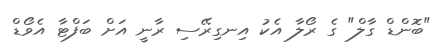
"ބޮންޑް ގާލް" ގެ ރޯލާ އެކު އިނގިރޭސި ރާނީ އަށް ބަފްޓާ އެވޯޑް